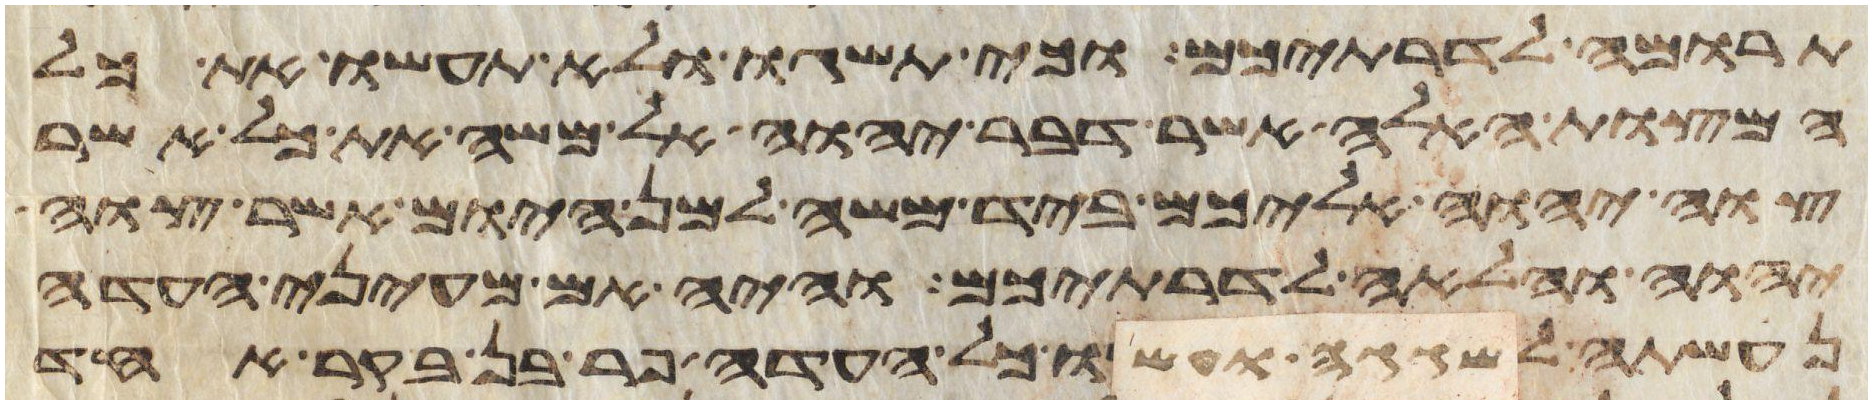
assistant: תרומה לדרתיכם וכי תשגו ולא תעשו את כל
המצות האלה אשר דבר יהוה אל משה את כל אשר
צוה יהוה אליכם ביד משה למן היום אשר צוה
יהוה והלאה לדרתיכם והיה אם מעיני העדה
נעשתה לשגגה ועשו כל העדה פר בן בקר אחד